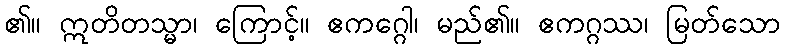
၏။ ဣတိတသ္မာ၊ ကြောင့်။ ဧကဂ္ဂေါ၊ မည်၏။ ဧကဂ္ဂဿ၊ မြတ်သော